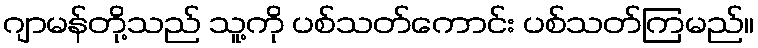
ဂျာမန်တို့သည် သူ့ကို ပစ်သတ်ကောင်း ပစ်သတ်ကြမည်။